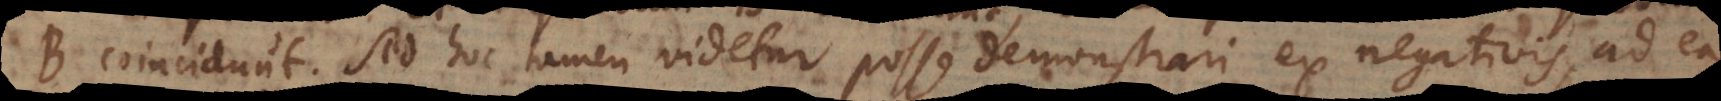
B coincidunt. Sed hoc tamen videtur posse demonstrari ex negativis, ad ea